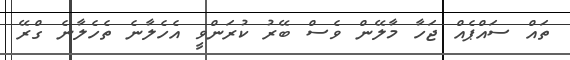
ތައް ސަައްޕެއްް ޖަހާ މާލޭން ވެސް ބޭރު ކުރަންވީ އެހެލާނެ ތެހެލާނެ ގްރޭ